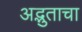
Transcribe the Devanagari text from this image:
अद्भुताचा